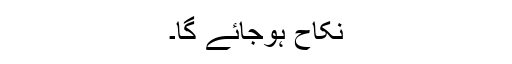
نکاح ہوجائے گا۔